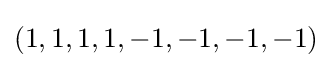
(1,1,1,1,-1,-1,-1,-1)